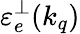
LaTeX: \mathinner{\varepsilon_{e}^{\perp}\mathopen{\left(k_{q}\right)}}